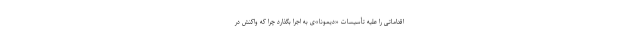
اقداماتی را علیه تأسیسات «دیمونا»‌ی به اجرا بگذارد چرا که واکنش در